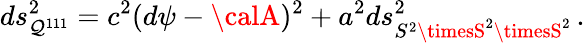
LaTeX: ds_{\mathcal{Q}^{111}}^{2}=c^{2}(d\psi-{\calA})^{2}+a^{2}ds_{S^{2}\timesS^{2}\timesS^{2}}^{2}\, .